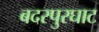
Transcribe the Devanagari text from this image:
बदरपुरघाट